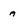
Character: a